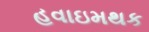
હવાઇમથક